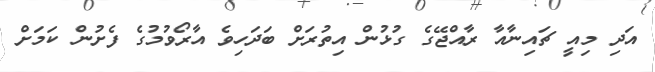
އަދި މިއީ ޗައިނާއާ ރާއްޖޭގެ ގުޅުން އިތުރަށް ބަދަހިވެ އާރޯވުމުގެ ފެށުން ކަމަށް